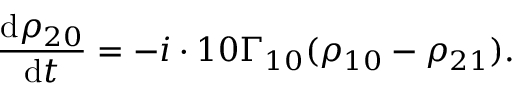
\frac { \mathrm { d } \rho _ { 2 0 } } { \mathrm { d } t } = - i \cdot 1 0 \Gamma _ { 1 0 } ( \rho _ { 1 0 } - \rho _ { 2 1 } ) .